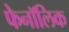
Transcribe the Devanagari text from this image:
फेनॉलिक